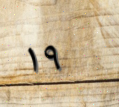
١٩